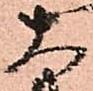
大